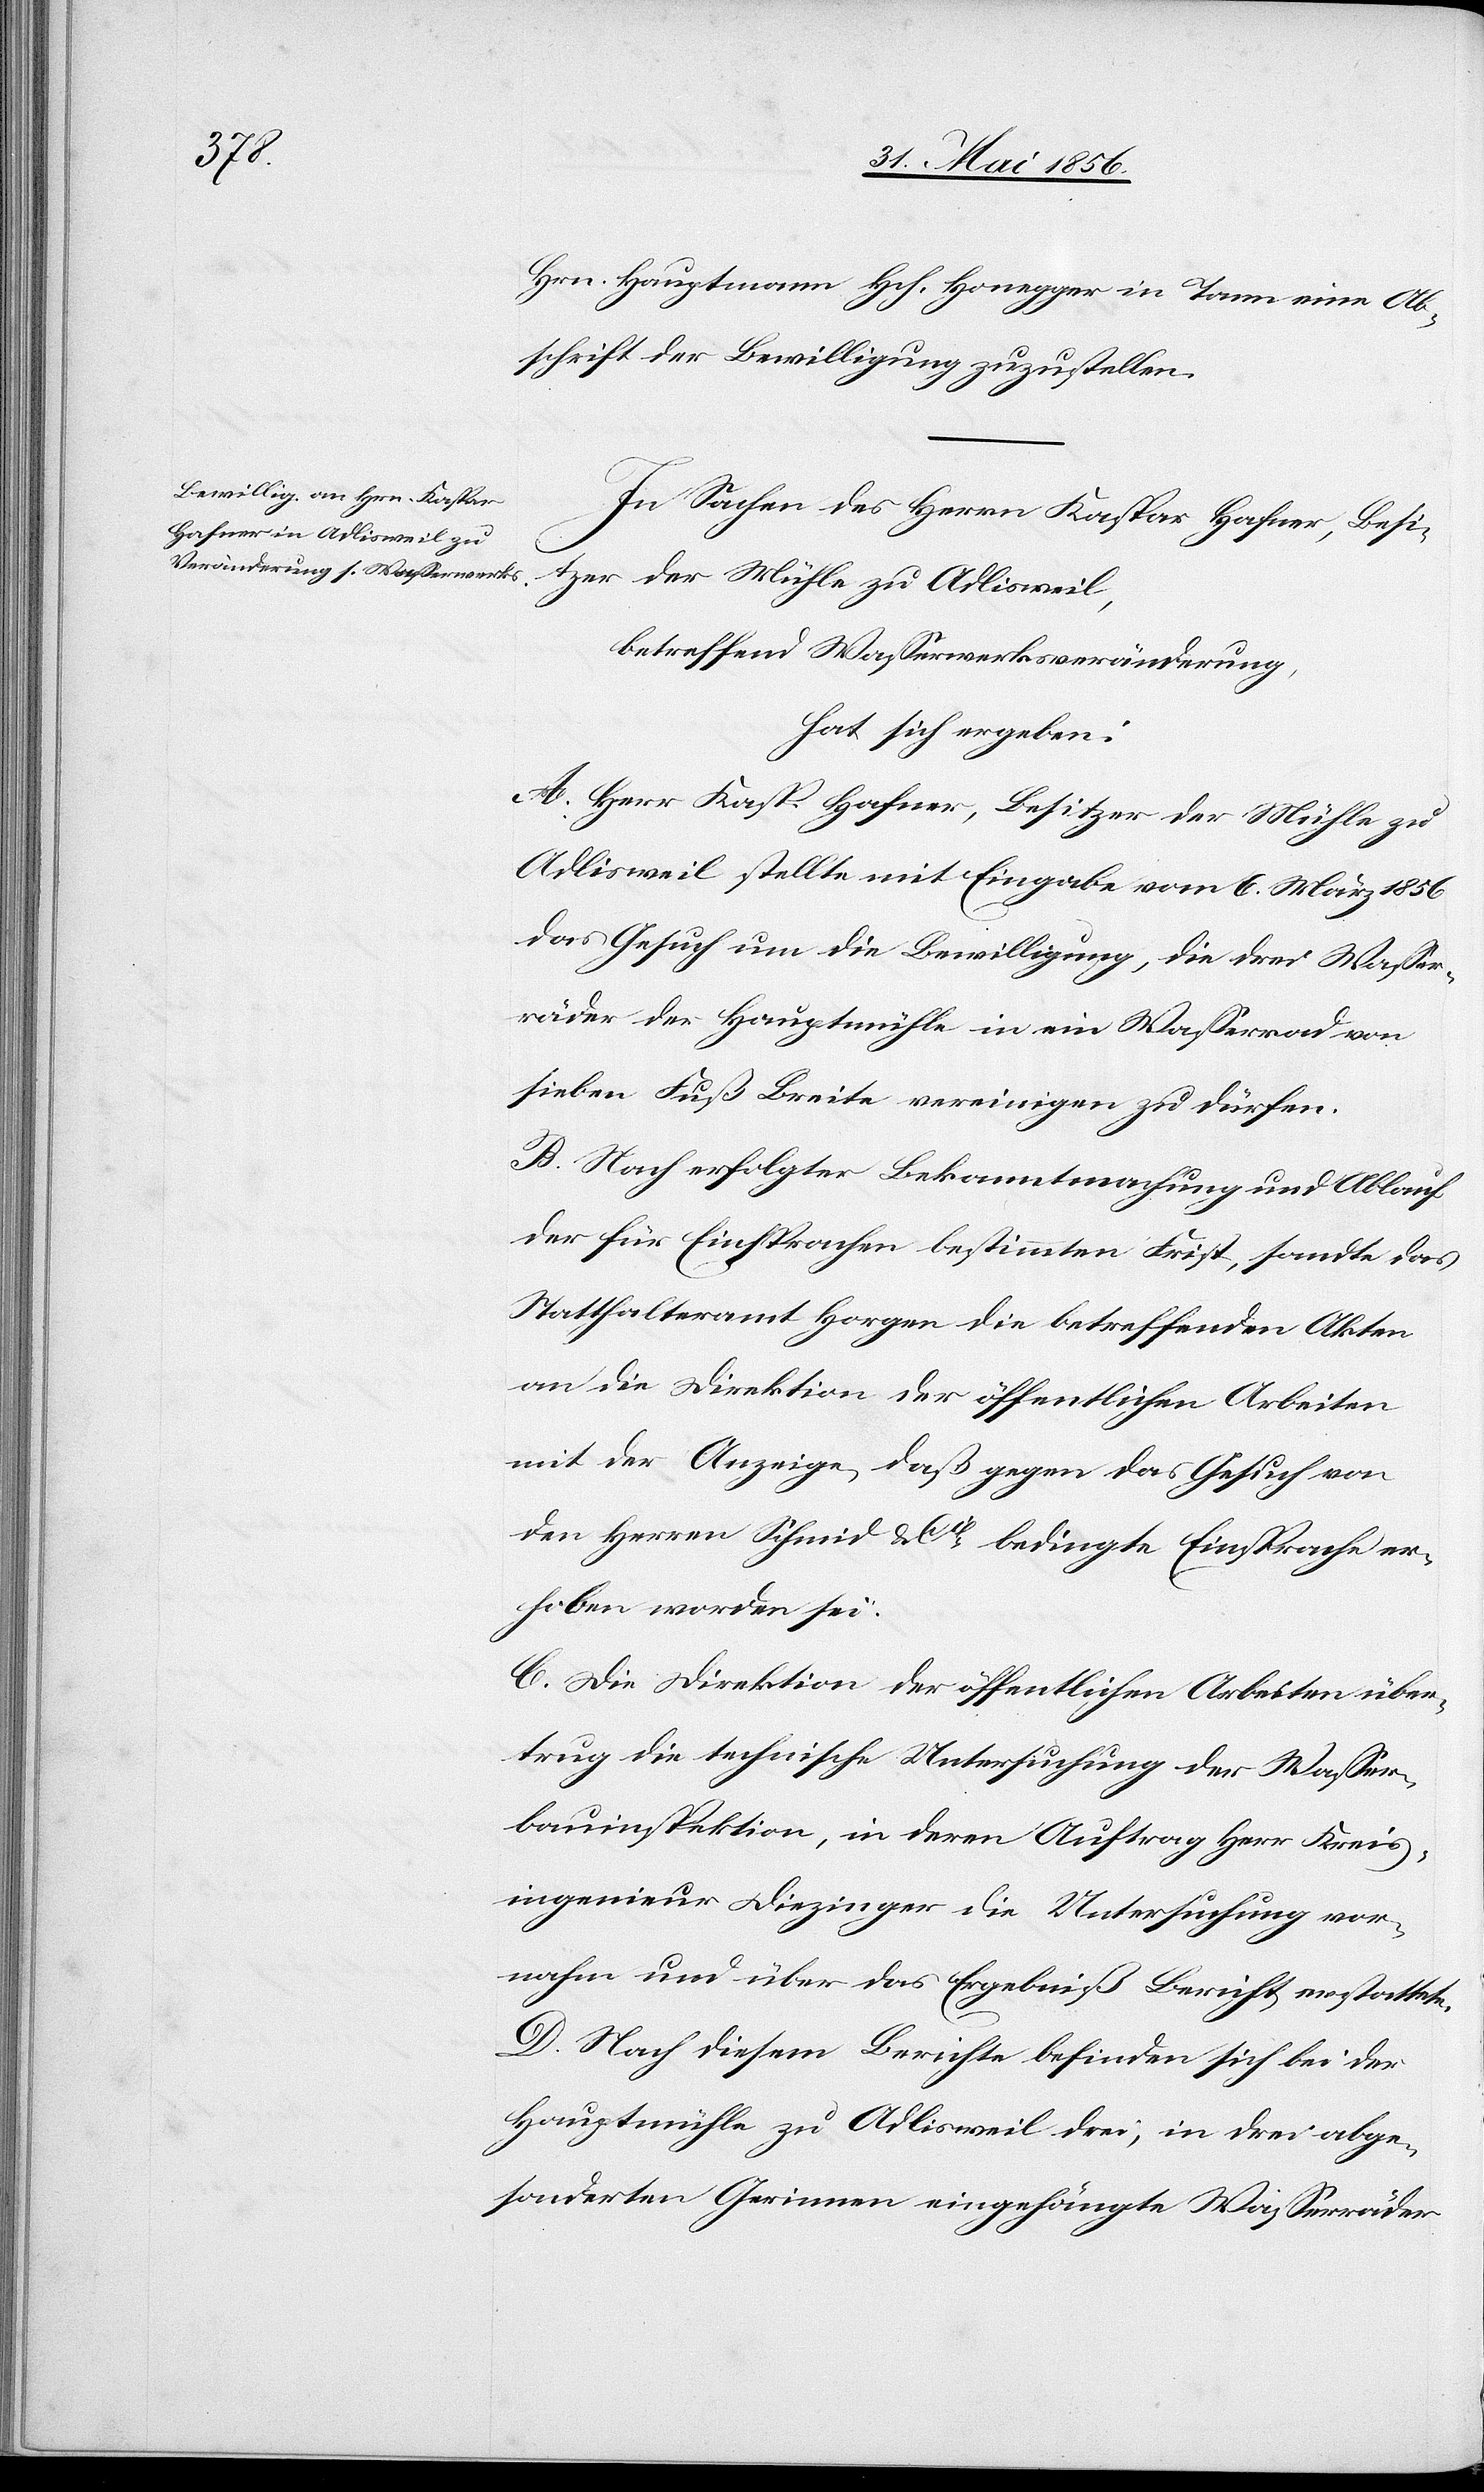
Hrn. Hauptmann Hch. Honegger in Tann eine Ab¬
schrift der Bewilligung zuzustellen.
In Sachen des Herrn Kaspar Hafner, Besi¬
tzer der Mühle zu Adlisweil,
betreffend Wasserwerksveränderung,
hat sich ergeben:
A. Herr Kasp. Hafner, Besitzer der Mühle zu
Adlisweil stellte mit Eingabe vom 6. März 1856
das Gesuch um die Bewilligung, die drei Wasser¬
räder der Hauptmühle in ein Wasserrad von
sieben Fuß Breite vereinigen zu dürfen.
B. Nach erfolgter Bekanntmachung und Ablauf
der für Einsprachen bestimmten Frist, sandte das
Statthalteramt Horgen die betreffenden Akten
an die Direktion der öffentlichen Arbeiten
mit der Anzeige, daß gegen das Gesuch von
den Herren Schmid & Cie bedingte Einsprache er¬
hoben worden sei.
C. Die Direktion der öffentlichen Arbeiten über¬
trug die technische Untersuchung der Wasser¬
bauinspektion, in deren Auftrag Herr Kreis¬
ingenieur Diezinger die Untersuchung vor¬
nahm und über das Ergebniß Bericht erstattete.
D. Nach diesem Berichte befinden sich bei der
Hauptmühle zu Adlisweil drei, in drei abge¬
sonderten Gerinnen eingehängte Wasserräder